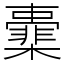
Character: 㰆